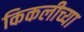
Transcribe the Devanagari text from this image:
किकलीच्या